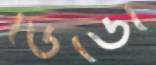
ডিডো